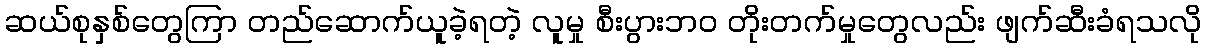
ဆယ်စုနှစ်တွေကြာ တည်ဆောက်ယူခဲ့ရတဲ့ လူမှု စီးပွားဘဝ တိုးတက်မှုတွေလည်း ဖျက်ဆီးခံရသလို